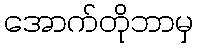
အောက်တိုဘာမှ